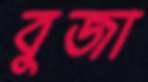
বুজা